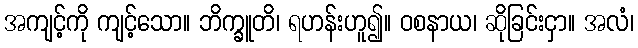
အကျင့်ကို ကျင့်သော။ ဘိက္ခူတိ၊ ရဟန်းဟူ၍။ ဝစနာယ၊ ဆိုခြင်းငှာ။ အလံ၊